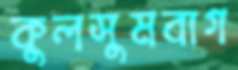
কুলসুমবাগ